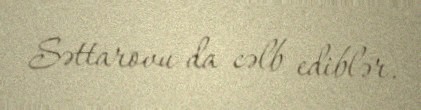
Səttarovu da cəlb ediblər.